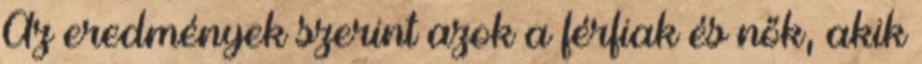
Az eredmények szerint azok a férfiak és nők, akik